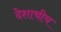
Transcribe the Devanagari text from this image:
देशाचीच